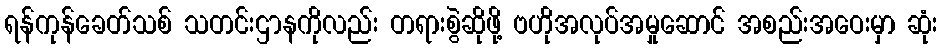
ရန်ကုန်ခေတ်သစ် သတင်းဌာနကိုလည်း တရားစွဲဆိုဖို့ ဗဟိုအလုပ်အမှုဆောင် အစည်းအဝေးမှာ ဆုံး